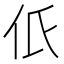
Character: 𠇊